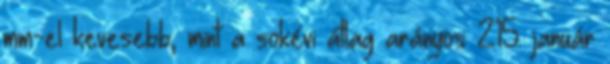
mm-el kevesebb, mint a sokévi átlag arányos 215. január